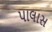
પાલાસ